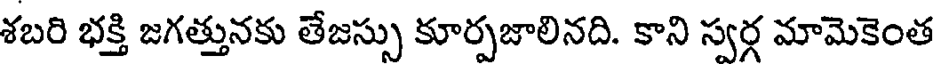
శబరి భక్తి జగత్తునకు తేజస్సు కూర్పజాలినది. కాని స్వర్గ మామెకెంత